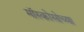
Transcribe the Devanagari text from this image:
मॉस्कोसोच्या